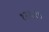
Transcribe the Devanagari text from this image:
१२६२५